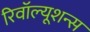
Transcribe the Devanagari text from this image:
रिवॉल्यूशन्स